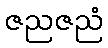
ဇညဇညံ